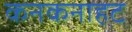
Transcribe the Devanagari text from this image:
कनकनाहट